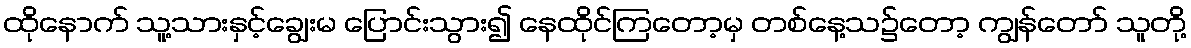
ထိုနောက် သူ့သားနှင့်ချွေးမ ပြောင်းသွား၍ နေထိုင်ကြတော့မှ တစ်နေ့သ၌တော့ ကျွန်တော် သူတို့